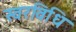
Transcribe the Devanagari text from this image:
स्वरविधि